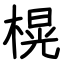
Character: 榥